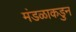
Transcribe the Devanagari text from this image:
मंडळाकडुन